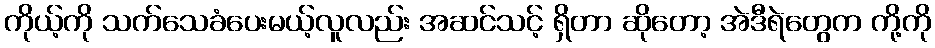
ကိုယ့်ကို သက်သေခံပေးမယ့်လူလည်း အဆင်သင့် ရှိတာ ဆိုတော့ အဲဒီရဲတွေက ကို့ကို